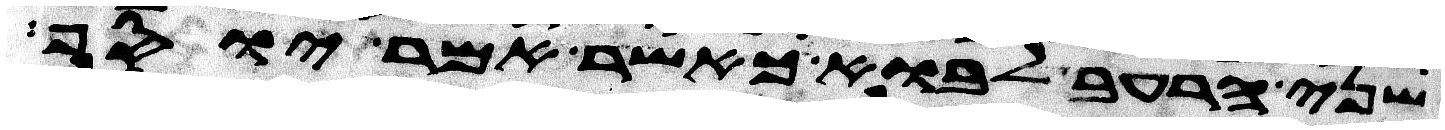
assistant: שני הרעב לבוא כאשר אמר יוסף